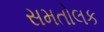
સમતોલક